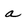
Character: a